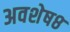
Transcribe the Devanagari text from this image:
अवशेष८